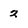
Character: 2